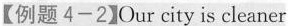
【例题 4-22】Our city is cleaner